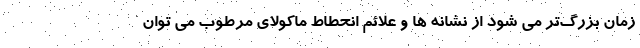
زمان بزرگ‌تر می شود از نشانه ها و علائم انحطاط ماکولای مرطوب می توان